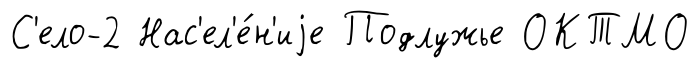
С'ело-2 Нас'ел'е́н'иjе Подлужье ОКТМО